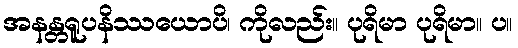
အနန္တရူပနိဿယောပိ၊ ကိုလည်း။ ပုရိမာ ပုရိမာ။ ပ။